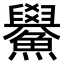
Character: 𫚃